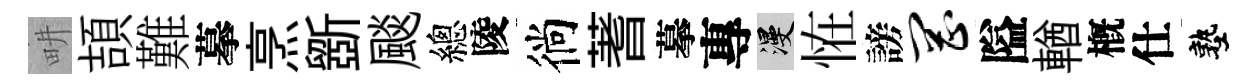
畊頡難摹烹斵颷總陵徜蓍摹專漫恠謗罔隘輶槪仕塾